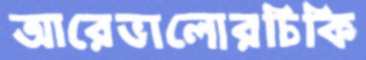
আরেভালোরচিকি